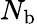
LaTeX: N_{\textrm{b}}